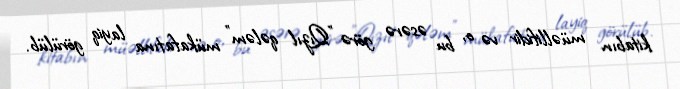
kitabın müəllifidir və o, bu əsərə görə "Qızıl qələm" mükafatına layiq görülüb.